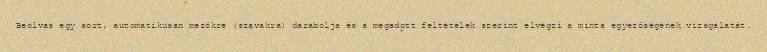
Beolvas egy sort, automatikusan mezőkre (szavakra) darabolja és a megadott feltételek szerint elvégzi a minta egyezőségének vizsgálatát.